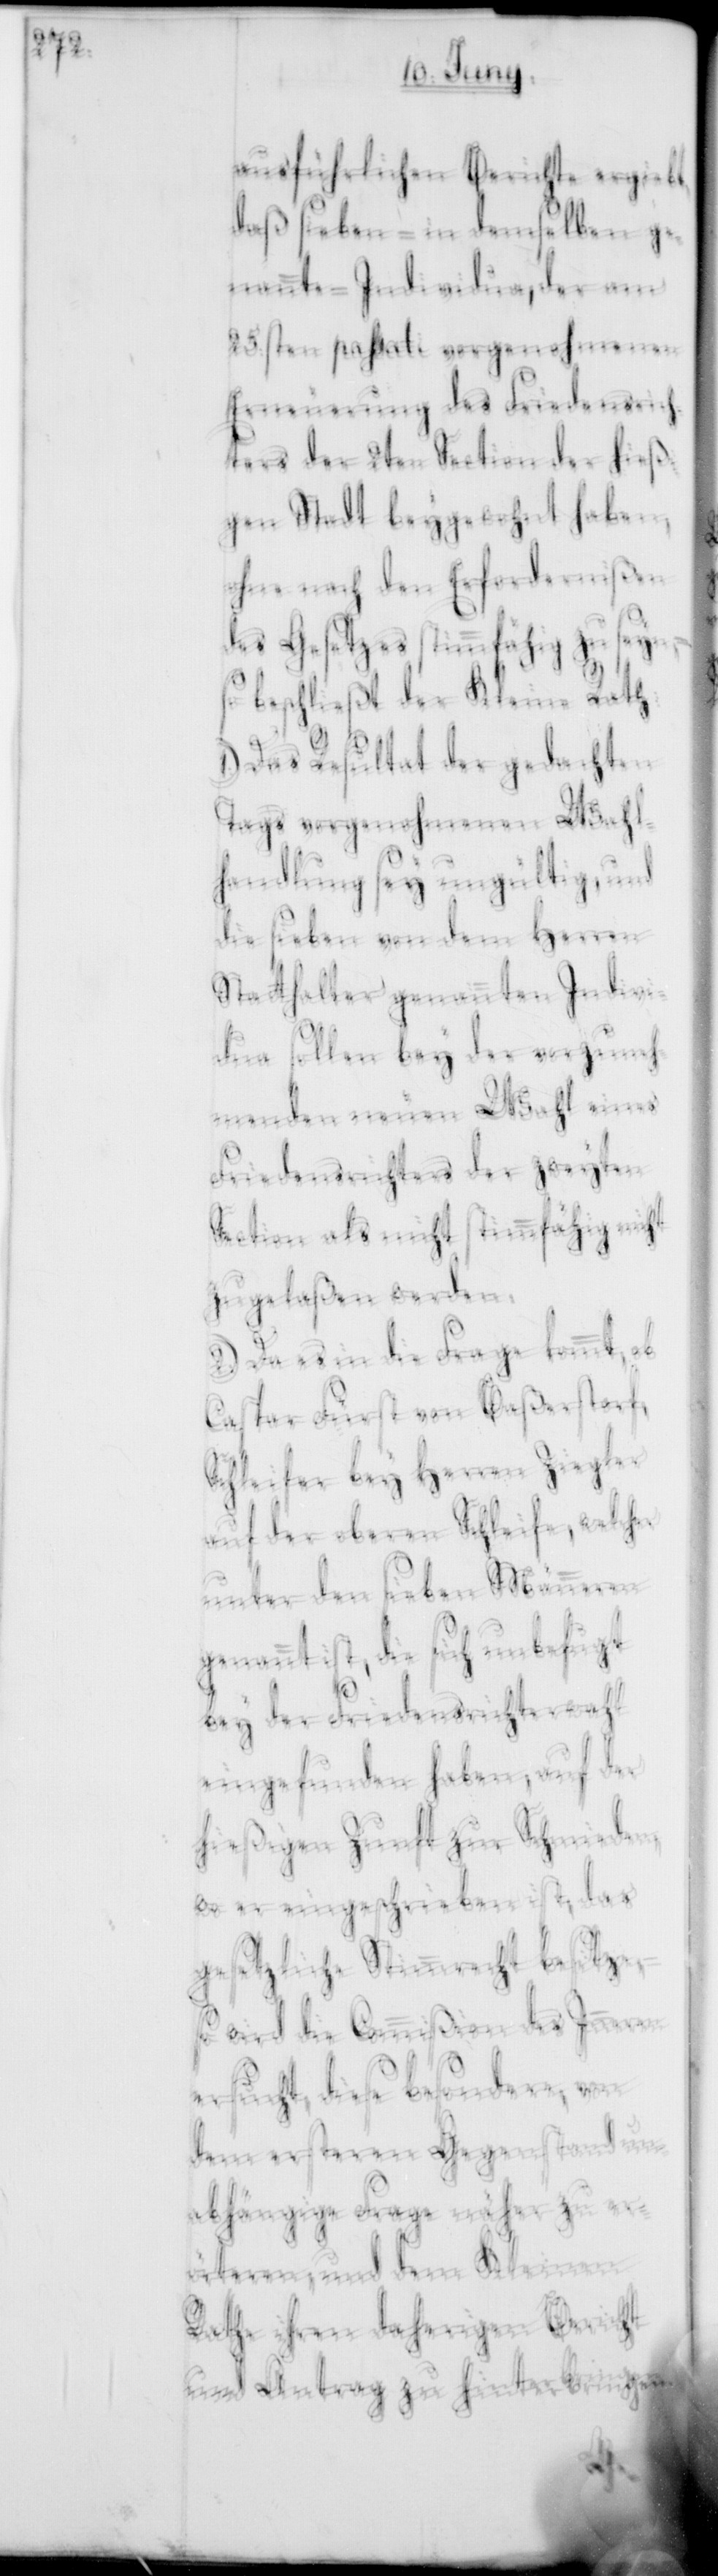
zu

ausführlichen Berichte ergiebt,
daß sieben – in demselben ge¬
nannten Individua, der am
25sten passati vorgenohmenen
Erneuerung des Friedensrich¬
ters der 2ten Section der hießi¬
gen Stadt beygewohnt haben,
ohne nach den Erfordernißen
– so
des Gesetzes stimmfähig
beschließt der Kleine Rath:
1.) Das Resultat der gedachten
Tags vorgenohmenen Wahl¬
handlung sey ungültig, und
die sieben von dem Herren
Stathalter genannten Indivi¬
dua sollen bey der vorzuneh¬
menden neuen Wahl eines
Friedensrichters der 2ten
Section als nicht stimmfähig nicht
zugelaßen werden.
2.) Da es in die Frage kommt, ob
Caspar Fürst von Baßerstorf,
Schleifer bey Herren Ziegler
auf der oberen Schleife, welcher
unter den sieben Männeren
genannt ist, die sich unbefugt
bey der Friedensrichterwahl
eingefunden haben, auf der
hießigen Zunft zur Schmieden,
wo er eingeschrieben ist, das
gesetzliche Stimmrecht besitze,
so wird die Commißion des Inneren
ersucht, diese besondere, von
dem ersteren Gegenstand un¬
abhängige Frage näher zu e¬
rörteren, und dem Kleinen
Rathe ihren daherigen Bericht
und Antrag zu hinterbringen.